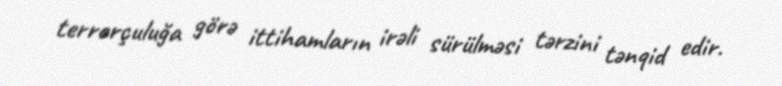
terrorçuluğa görə ittihamların irəli sürülməsi tərzini tənqid edir.